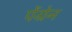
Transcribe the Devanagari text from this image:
पेंग्रेन